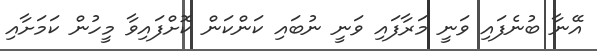
އޭނާ ބުނެފައި ވަނީ މަރާފައި ވަނީ ނުބައި ކަންކަން ކޮށްފައިވާ މީހުން ކަމަށާއި